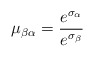
\begin{align*}\mu_{\beta\alpha}=\frac{e^{\sigma_\alpha}}{e^{\sigma_\beta}}\end{align*}